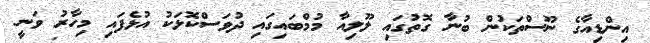
އިންޑިއާގެ ނޫސްތަކުން ބުނާ ގޮތުގައި ލޫލިއާ މުމްބައިގައި ދުވަސްކޮޅަކު އުޅެފައި މިހާރު ވަނީ